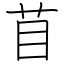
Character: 苜